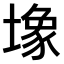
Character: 𫮧